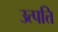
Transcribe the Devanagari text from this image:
उत्‍पत्ति